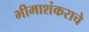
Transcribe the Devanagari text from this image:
भीमाशंकराचे